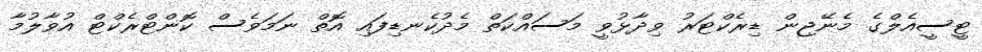
ޓީސީއެލްގެ މެނޭޖިން ޑިރެކްޓަރު ވިދާޅުވީ މަސައްކަތް މެދުކެނޑިފައި އޮތް ނަމަވެސް ކޮންޓްރެކްޓް އުވާލުމާ